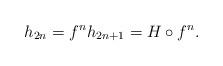
LaTeX: \begin{align*}h_{2n}=f^n h_{2n+1}=H\circ f^n. \end{align*}